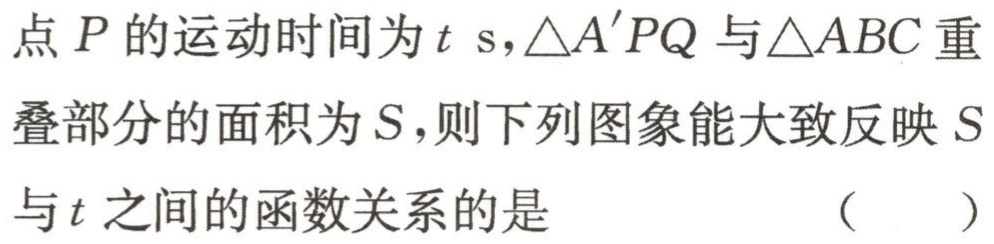
点\(P\)的运动时间为\(t\ \text{s}\)，\(\triangle A'PQ\)与\(\triangle ABC\)重叠部分的面积为\(S\)，则下列图象能大致反映\(S\)与\(t\)之间的函数关系的是 （  ）